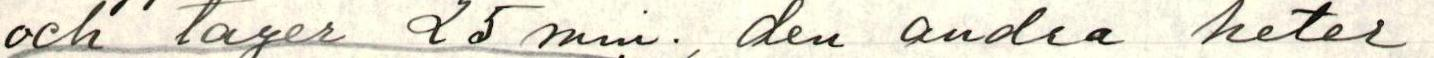
och tager 25 min. , den andra heter